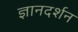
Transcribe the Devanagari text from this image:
ज्ञानदर्शन